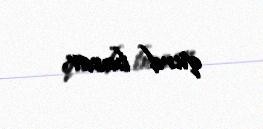
qurd basar.